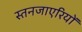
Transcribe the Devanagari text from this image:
स्तनजाएरियों